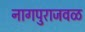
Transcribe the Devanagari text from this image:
नागपुराजवळ